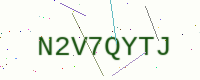
Text: N2V7QYTJ